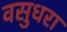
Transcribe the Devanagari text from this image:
वसुधरा